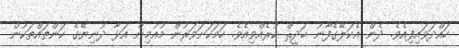
ހައްދަވައިފިއެވެ. ދެން އެކަލޭގެފާނު ޙަދީޘް ކުރެއްވިއެވެ. ހަމަކަށަވަރުން މުއުމިން އަޅާ ދުނިޔޭގެ ކަންތައްތަކުން